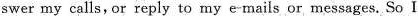
swer my calls, or reply to my e-mails or messages,So I